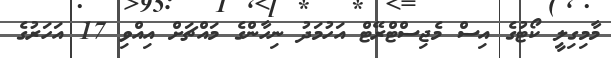
މާމިގިލީ ކޯޓުގެ އިސް މެޖިސްޓްރޭޓް އަހުމަދު ނިހާންގެ މައްޗަށް އިއްވި 17 އަހަރުގެ